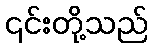
၎င်းတို့သည်